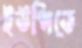
ইউপিতে